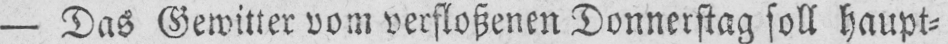
- Das Gewitter vom verfloßenen Donnerstag soll haupt⸗